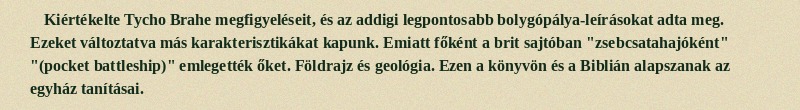
Kiértékelte Tycho Brahe megfigyeléseit, és az addigi legpontosabb bolygópálya-leírásokat adta meg. Ezeket változtatva más karakterisztikákat kapunk. Emiatt főként a brit sajtóban "zsebcsatahajóként" "(pocket battleship)" emlegették őket. Földrajz és geológia. Ezen a könyvön és a Biblián alapszanak az egyház tanításai.